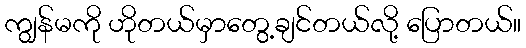
ကျွန်မကို ဟိုတယ်မှာတွေ့ချင်တယ်လို့ ပြောတယ်။